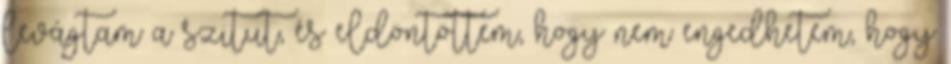
levágtam a szitut, és eldöntöttem, hogy nem engedhetem, hogy